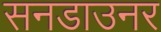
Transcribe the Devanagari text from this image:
सनडाउनर